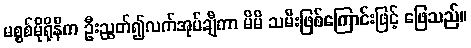
မစ္စစ်မိုရိုနီက ဦးညွတ်၍လက်အုပ်ချီကာ မိမိ သမီးဖြစ်ကြောင်းဖြင့် ဖြေသည်။